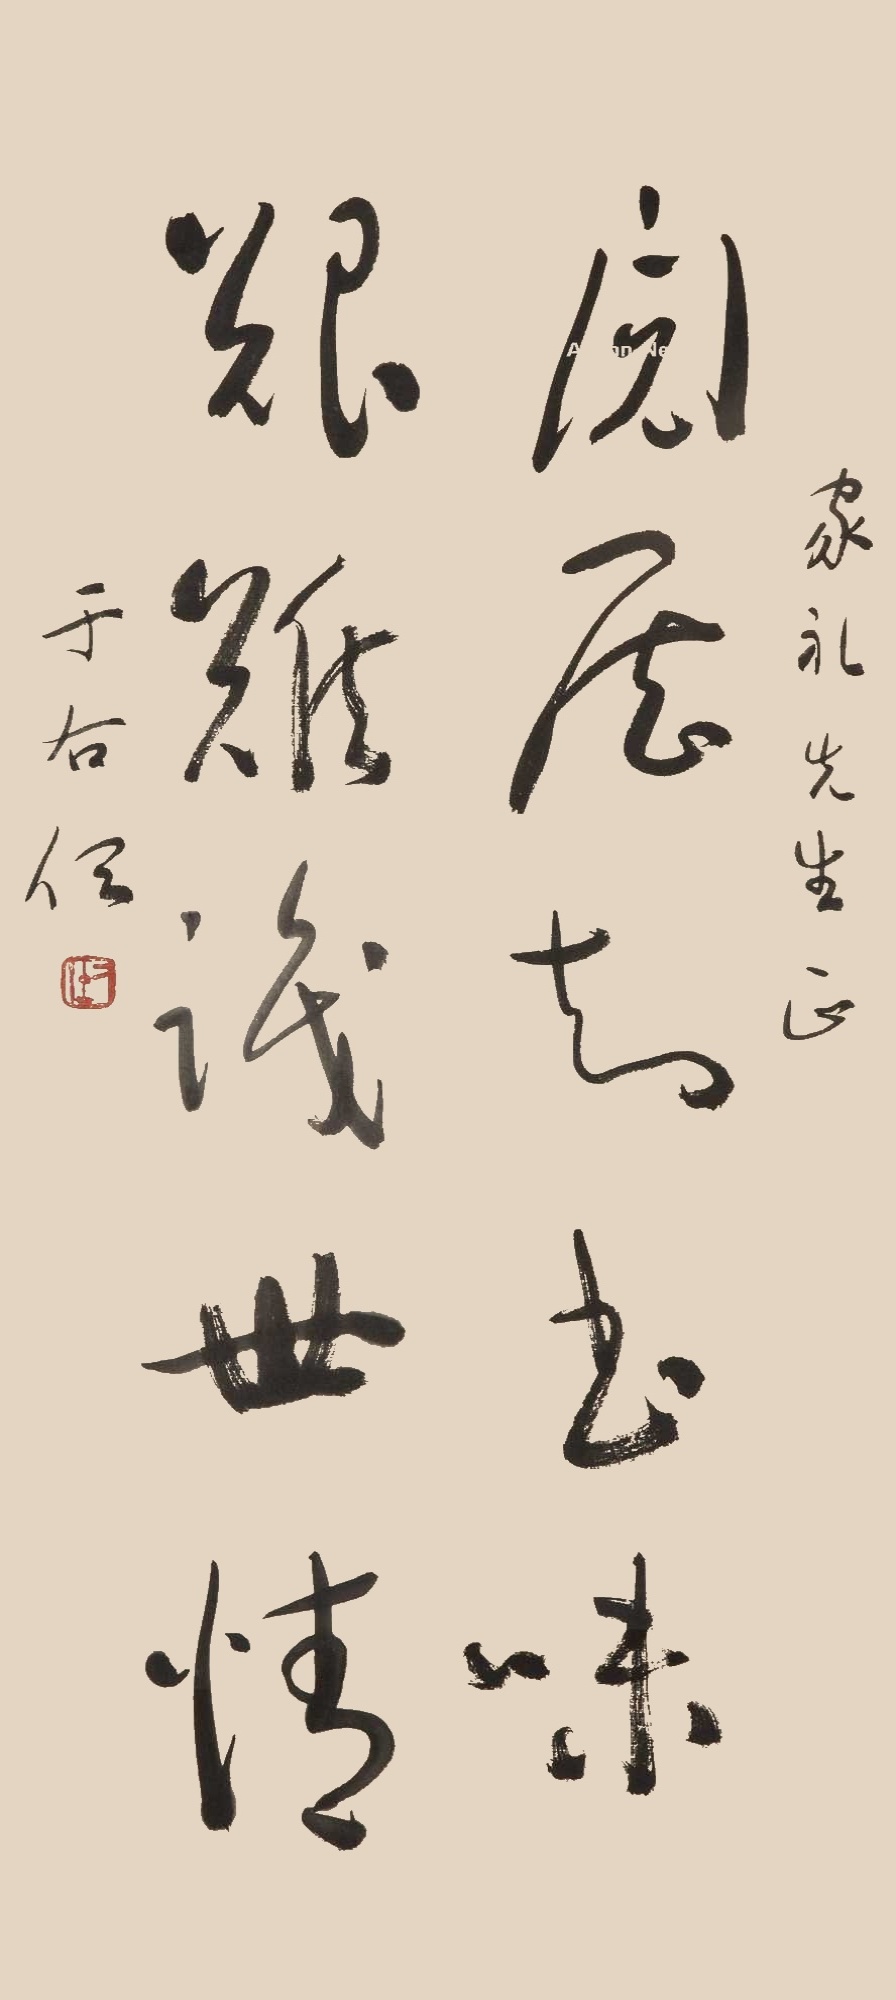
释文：阅历知书味，艰难识世情。家礼先生正，于右任。